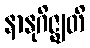
နာနုဂိဇ္ဈတိ